Standardisation of Calmette's anti-venomous serum with pure cobra venom - Number 1
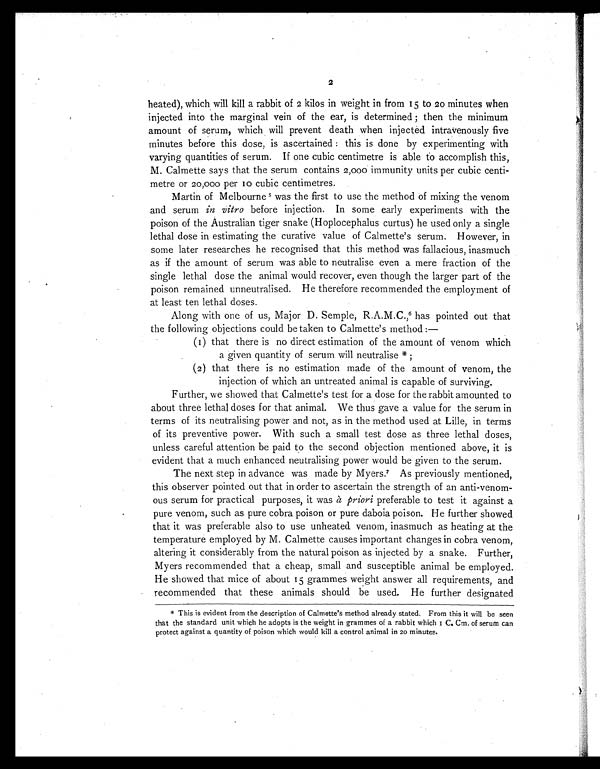
2
heated), which will kill a rabbit of 2 kilos in weight in from 15 to 20 minutes when
injected into the marginal vein of the ear, is determined; then the minimum
amount of serum, which will prevent death when injected intravenously five
minutes before this dose, is ascertained: this is done by experimenting with
varying quantities of serum. If one cubic centimetre is able to accomplish this,
M. Calmette says that the serum contains 2,000 immunity units per cubic centi
-metre or 20,000 per 10 cubic centimetres.
Martin of Melbourne 5 was the first to use the method of mixing the venom
and serum in vitro before injection. In some early experiments with the
poison of the Australian tiger snake (Hoplocephalus curtus) he used only a single
lethal dose in estimating the curative value of Calmette's serum. However, in
some later researches he recognised that this method was fallacious, inasmuch
as if the amount of serum was able to neutralise even a mere fraction of the
single lethal dose the animal would recover, even though the larger part of the
poison remained unneutralised. He therefore recommended the employment of
at least ten lethal doses.
Along with one of us, Major D. Semple, R.A.M.C.,6 has pointed out that
the following objections could be taken to Calmette's method:—
(1) that there is no direct estimation of the amount of venom which
a given quantity of serum will neutralise *;
(2) that there is no estimation made of the amount of venom, the
injection of which an untreated animal is capable of surviving.
Further, we showed that Calmette's test for a dose for the rabbit amounted to
about three lethal doses for that animal. We thus gave a value for the serum in
terms of its neutralising power and not, as in the method used at Lille, in terms
of its preventive power. With such a small test dose as three lethal doses,
unless careful attention be paid to the second objection mentioned above, it is
evident that a much enhanced neutralising power would be given to the serum.
The next step in advance was made by Myers.7 A s p r e v i o u s l y m e n t i o n e d ,
this observer pointed out that in order to ascertain the strength of an anti-venom
-ous serum for practical purposes, it was à priori preferable to test it against a
pure venom, such as pure cobra poison or pure daboia poison. He further showed
that it was preferable also to use unheated venom, inasmuch as heating at the
temperature employed by M. Calmette causes important changes in cobra venom,
altering it considerably from the natural poison as injected by a snake. Further,
Myers recommended that a cheap, small and susceptible animal be employed.
He showed that mice of about 15 grammes weight answer all requirements, and
recommended that these animals should be used. He further designated
* This is evident from the description of Calmette's method already stated. From this it will be seen
that the standard unit which he adopts is the weight in grammes of a rabbit which 1 C. Cm. of serum can
protect against a quantity of poison which would kill a control animal in 20 minutes.